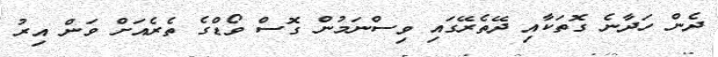
ދެން ހަދާނެ ގޮތަކާއި ދޭތެރޭގައި ވިސްނަމުން ގޮސް ވޯޑްގެ ތެރެއަށް ވަން އިރު